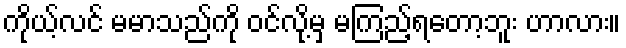
ကိုယ့်လင် မမာသည်ကို ဝင်လို့မှ မကြည့်ရတော့ဘူး ဟာလား။